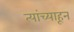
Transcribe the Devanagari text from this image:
त्यांच्याहून